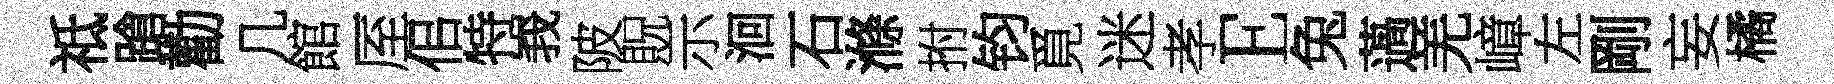
祗蹌勸几館厔佀特峩陂貺示洄石滌拊钧覓迷孝E兔薖羌嶂左剛妄橘